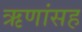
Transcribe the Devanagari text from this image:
ऋणांसह